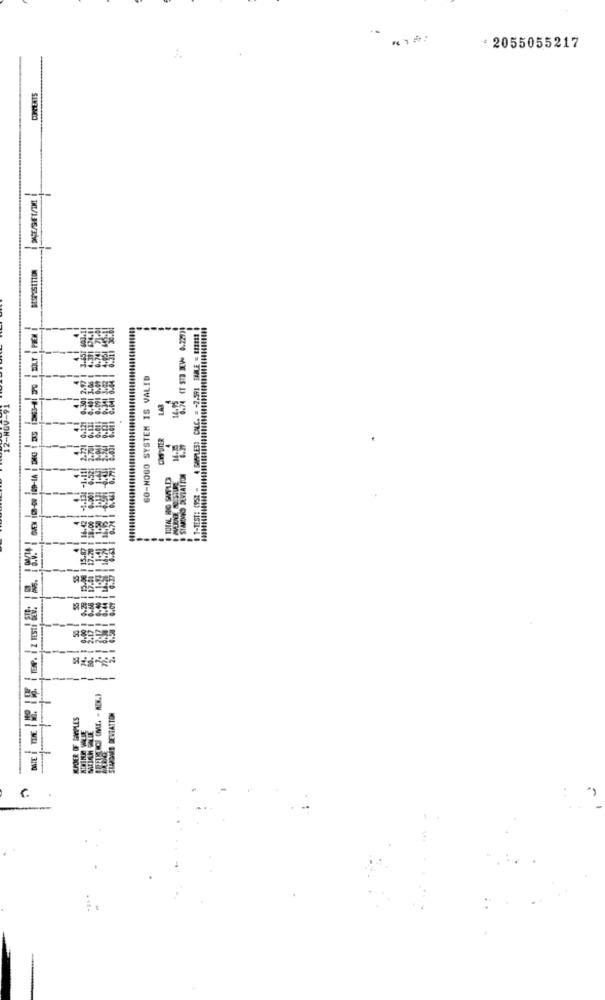
: 2055055217
--
GO-NOGO SYSTEM IS VALID
12-1